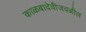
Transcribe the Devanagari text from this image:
काळबादेवीजवळील